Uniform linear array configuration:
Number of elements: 48
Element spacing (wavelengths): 0.75
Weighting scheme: hann
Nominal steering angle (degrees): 60
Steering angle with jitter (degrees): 61.6
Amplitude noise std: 0.05
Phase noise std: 0.05

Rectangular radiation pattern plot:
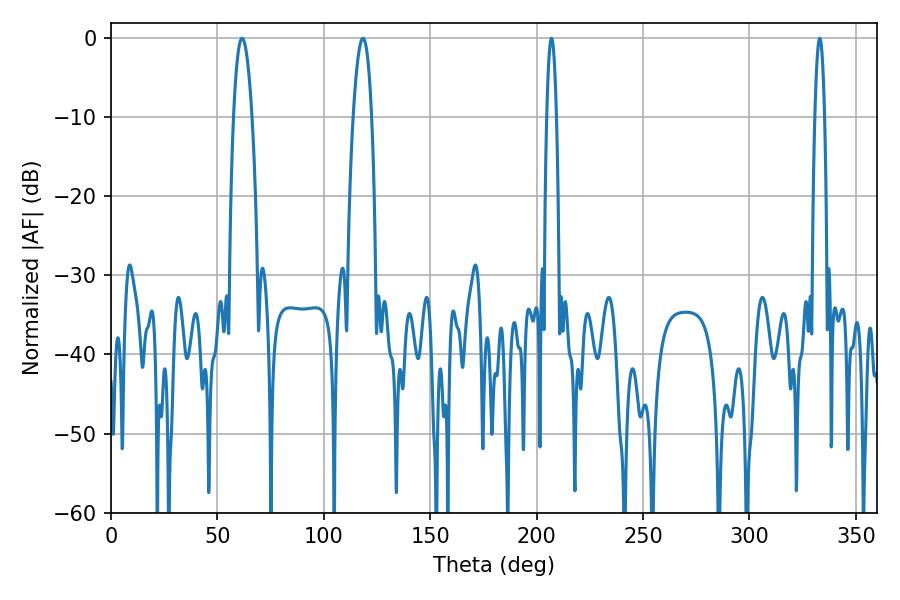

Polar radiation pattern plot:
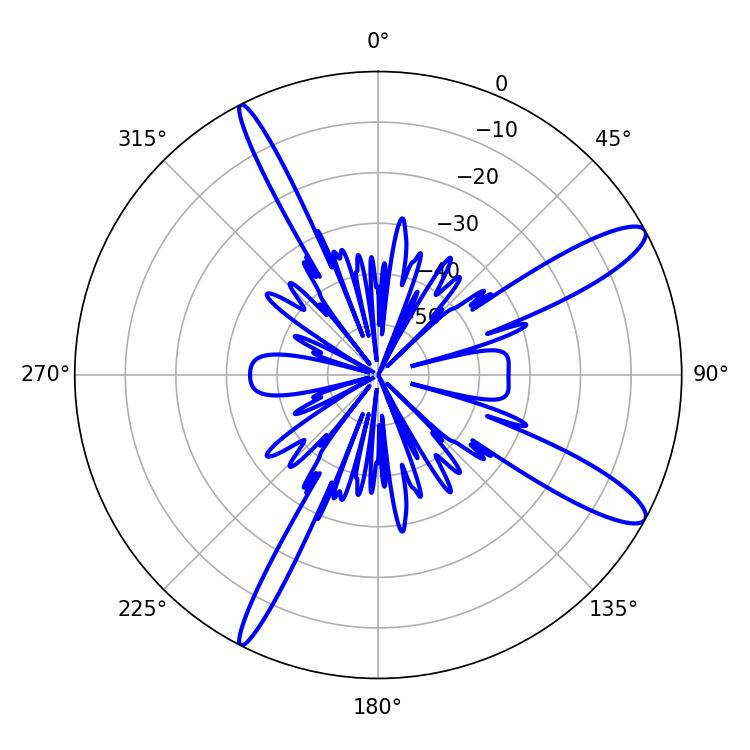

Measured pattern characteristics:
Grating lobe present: TRUE
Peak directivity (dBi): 12.37
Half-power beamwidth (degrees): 2.52
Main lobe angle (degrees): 207